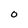
Character: 0